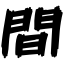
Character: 間